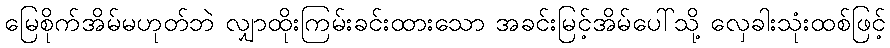
မြေစိုက်အိမ်မဟုတ်ဘဲ လျှာထိုးကြမ်းခင်းထားသော အခင်းမြင့်အိမ်ပေါ်သို့ လှေခါးသုံးထစ်ဖြင့်